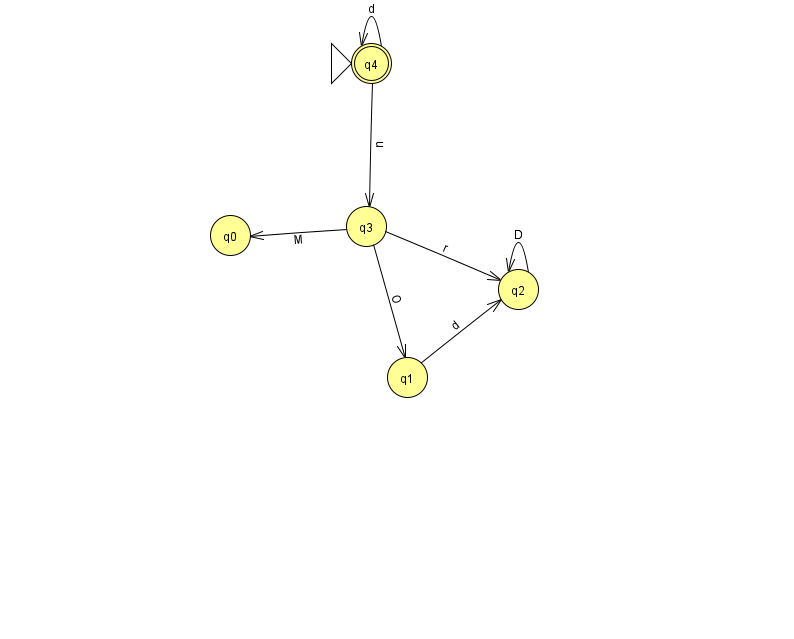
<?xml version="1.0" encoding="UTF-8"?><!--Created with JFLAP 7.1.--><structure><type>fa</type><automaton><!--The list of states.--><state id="0" name="q0"><x>230.0</x><y>222.0</y></state><state id="1" name="q1"><x>407.0</x><y>364.0</y></state><state id="2" name="q2"><x>518.0</x><y>276.0</y></state><state id="3" name="q3"><x>366.0</x><y>213.0</y></state><state id="4" name="q4"><x>371.0</x><y>50.0</y><initial/><final/></state><!--The list of transitions.--><transition><from>3</from><to>2</to><read>r</read></transition><transition><from>2</from><to>2</to><read>D</read></transition><transition><from>4</from><to>4</to><read>d</read></transition><transition><from>3</from><to>0</to><read>M</read></transition><transition><from>3</from><to>1</to><read>O</read></transition><transition><from>4</from><to>3</to><read>n</read></transition><transition><from>1</from><to>2</to><read>d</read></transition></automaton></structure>